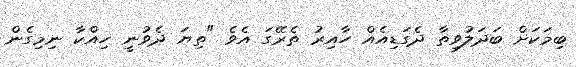
ބިމަކަށް ބަދަލުވިތާ ދެގަޑިއެއް ހާއިރު ތެރޭގަ އެވެ "ތިޔަ ދެވުނީ ހިއްކާ ނިމިގެން